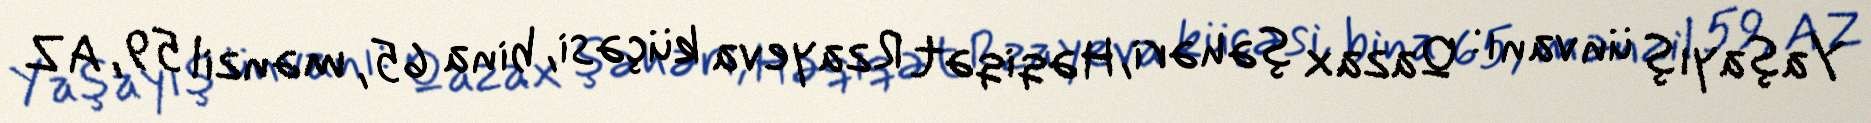
Yaşayış ünvanı: Qazax şəhəri, Həqiqət Rzayeva küçəsi, bina 65, mənzil 59, AZ